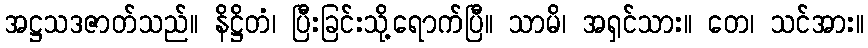
အဋ္ဌသဒဇာတ်သည်။ နိဋ္ဌိတံ၊ ပြီးခြင်းသို့ရောက်ပြီ။ သာမိ၊ အရှင်သား။ တေ၊ သင်အား။